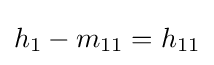
h_{1}-m_{11}=h_{11}